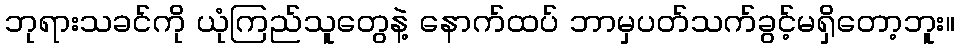
ဘုရားသခင်ကို ယုံကြည်သူတွေနဲ့ နောက်ထပ် ဘာမှပတ်သက်ခွင့်မရှိတော့ဘူး။